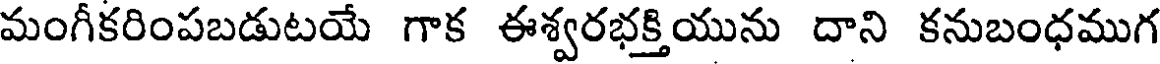
మంగీకరింపబడుటయే గాక ఈశ్వరభక్తియును దాని కనుబంధముగ